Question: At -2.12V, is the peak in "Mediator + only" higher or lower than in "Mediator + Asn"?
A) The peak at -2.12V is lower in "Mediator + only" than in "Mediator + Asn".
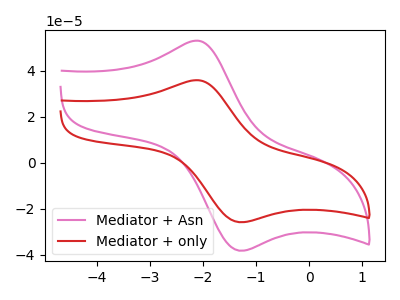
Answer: <think>The pink curve "Mediator + Asn" has an anodic peak at (-2.10V, 53.05uA) and a cathodic peak at (-1.25V, -38.30uA). The red curve "Mediator + only" has an anodic peak at (-2.10V, 35.85uA) and a cathodic peak at (-1.25V, -25.90uA).</think>
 <answer>A) The peak at -2.12V is lower in "Mediator + only" than in "Mediator + Asn".</answer>
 <eval>A</eval>